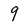
Character: 9